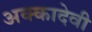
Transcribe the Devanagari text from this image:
अक्कादेवी